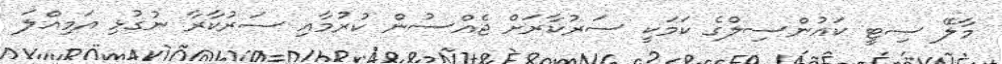
މާލޭ ސިޓީ ކައުންސިލްގެ ކަމަކީ ސަރުކާރަށް ޖެއްސުން ކުރުމާއި ސަރުކާރާ ނުގުޅި އަމިއްލަ